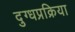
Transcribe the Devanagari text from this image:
दुग्धप्रक्रिया